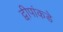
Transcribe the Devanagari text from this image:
द्वीपांकडे